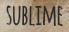
SUBLIME